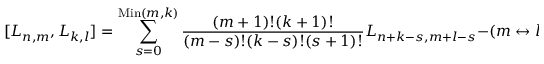
[ { \cal L } _ { n , m } , { \cal L } _ { k , l } ] = \sum _ { s = 0 } ^ { \mathrm { M i n } ( m , k ) } { \frac { ( m + 1 ) ! ( k + 1 ) ! } { ( m - s ) ! ( k - s ) ! ( s + 1 ) ! } } { \cal L } _ { n + k - s , m + l - s } - ( m \leftrightarrow l , n \leftrightarrow k ) \, .